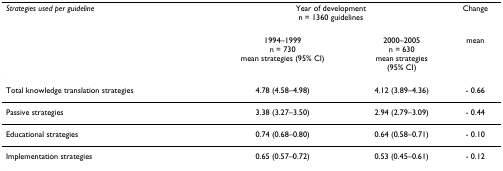
<table><thead><tr><td><b><i>Strategies used per guideline</i></b></td><td colspan="2"><b>Year of developmentn = 1360 guidelines</b></td><td><b>Change</b></td></tr><tr><td>[EMPTY_CELL]</td><td><b>1994–1999n = 730mean strategies (95% CI)</b></td><td><b>2000–2005n = 630mean strategies(95% CI)</b></td><td><b>mean</b></td></tr></thead><tbody><tr><td>Total knowledge translation strategies</td><td>4.78 (4.58–4.98)</td><td>4.12 (3.89–4.36)</td><td>- 0.66</td></tr><tr><td>Passive strategies</td><td>3.38 (3.27–3.50)</td><td>2.94 (2.79–3.09)</td><td>- 0.44</td></tr><tr><td>Educational strategies</td><td>0.74 (0.68–0.80)</td><td>0.64 (0.58–0.71)</td><td>- 0.10</td></tr><tr><td>Implementation strategies</td><td>0.65 (0.57–0.72)</td><td>0.53 (0.45–0.61)</td><td>- 0.12</td></tr></tbody></table>